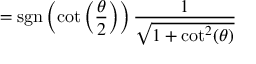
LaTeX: = \operatorname { s g n } \left( \cot \left( { \frac { \theta } { 2 } } \right) \right) { \frac { 1 } { \sqrt { 1 + \cot ^ { 2 } ( \theta ) } } }